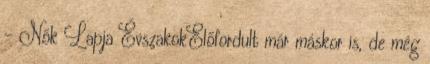
- Nők Lapja ÉvszakokElőfordult már máskor is, de még